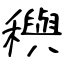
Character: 穥